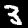
Digit: 3